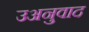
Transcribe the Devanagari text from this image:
उअनुवाद